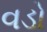
વડો